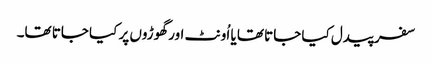
سفر پیدل کیا جاتا تھا یا اُونٹ اور گھوڑوں پر کیا جاتا تھا۔